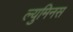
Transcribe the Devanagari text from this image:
ल्युमिनस